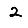
Digit: 2